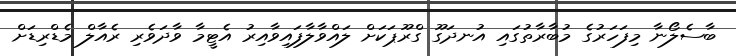
ބާސެލޯނާ މިފަހަރުގެ މުބާރާތުގައި އުނދަގޫ ގްރޫޕަކަށް ލައްވާލާފައިވާއިރު އެޓީމާ ވާދަވެރި ރެއާލް މެޑްރިޑަށް